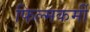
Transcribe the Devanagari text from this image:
फिल्मकर्मी